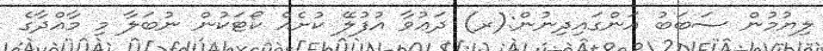
ލިޔުމުން ސަބަބު އަންގައިދިނުން:(ރ) ދަޢުވާ އުފުލޭ ކުށެއް ކޯޓަކުން ނުބަލާ މި މާއްދާގެ